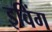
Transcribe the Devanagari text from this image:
इविंग